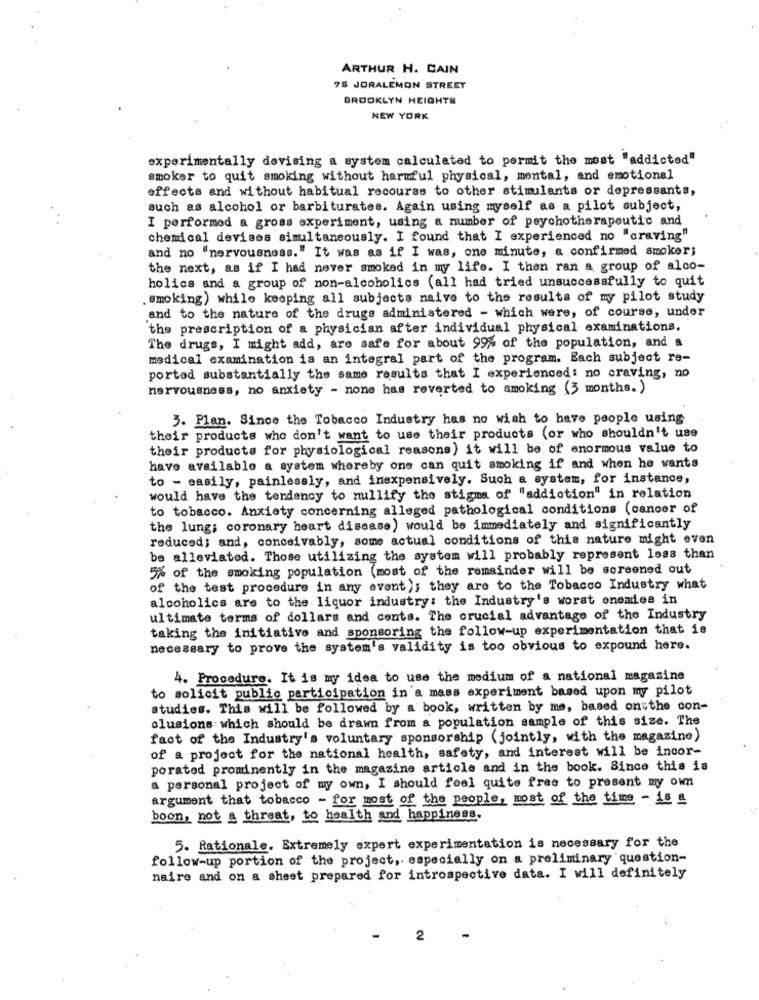
ARTHUR H. CAIN
75 JORALEMON STREET
BROOKLYN HEIGHTS
NEW YORK
experimentally devising a system calculated to permit the most "addicted"
smoker to quit smoking without harmful physical, mental, and emotional
effects and without habitual recourss to other stimulants or depressants,
such as alcohol or barbiturates. Again using myself as a pilot subject,
I performed a gross experiment, using a number of psychotherapeutic and
chemical devises simultaneously. I found that I experienced no "craving"
and no "nervousness." It was as if I was, one minute, a confirmed smoker;
the next, as if I had never smoked in my life. I then ran a group of alco-
holics and a group of non-alcoholics (all had tried unsuccessfully to quit
smoking) while keeping all subjects naive to the results of my pilot study
and to the nature of the drugs administered - which were, of course, under
the prescription of a physician after individual physical examinations.
The drugs, I might add, are safe for about 99% of the population, and &
medical examination is an integral part of the program. Each subject re-
ported substantially the same results that I experienced: no craving, no
nervousness, no anxiety - none has reverted to smoking (3 months. )
3. Plan. Since the Tobacco Industry has no wish to have people using
their products who don't want to use their products (or who shouldn't use
their products for physiological reasons) it will be of enormous value to
have available a system whereby ons can quit smoking if and when he wants
to - easily, painlessly, and inexpensively. Such a system, for instance,
would have the tendency to nullify the stigma of "addiction" in relation
to tobacco. Anxiety concerning alleged pathological conditions (cancer of
the lung; coronary heart disease) would be immediately and significantly
reduced; and, conceivably, some actual conditions of this nature might even
be alleviated. Those utilizing the system will probably represent less than
5% of the smoking population (most of the remainder will be screened out
of the test procedure in any event); they are to the Tobacco Industry what
alcoholics are to the liquor industry: the Industry's worst enemies in
ultimate terms of dollars and cents. The crucial advantage of the Industry
taking the initiative and sponsoring the follow-up experimentation that is
necessary to prove the system's validity is too obvious to expound here.
4. Procedure. It is my idea to use the medium of a national magazine
to solicit public participation in a mass experiment based upon my pilot
studies. This will be followed by a book, written by me, based onsthe con-
clusions which should be drawn from a population sample of this size. The
fact of the Industry's voluntary sponsorship (jointly, with the magazine)
of a project for the national health, safety, and interest will be incor-
porated prominently in the magazine article and in the book. Since this is
a personal project of my own, I should feel quite free to present my own
argument that tobacco - for most of the people, most of the time - is a
boon, not a threat, to health and happiness.
5. Rationale. Extremely expert experimentation is necessary for the
follow-up portion of the project, especially on a preliminary question-
naire and on a sheet prepared for introspective data. I will definitely
2